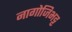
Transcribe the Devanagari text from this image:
नागोजिभट्ट